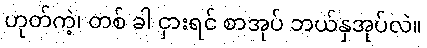
ဟုတ်ကဲ့၊ တစ် ခါ ငှားရင် စာအုပ် ဘယ်နှအုပ်လဲ။